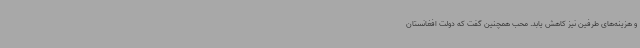
و هزینه‌های طرفین نیز کاهش یابد. محب همچنین گفت که دولت افغانستان